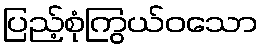
ပြည့်စုံကြွယ်ဝသော